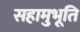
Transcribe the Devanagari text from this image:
सहामुभूति